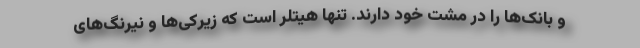
و بانک‌ها را در مشت خود دارند. تنها هیتلر است که زیرکی‌ها و نیرنگ‌های